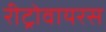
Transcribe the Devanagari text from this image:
रीट्रोवायरस